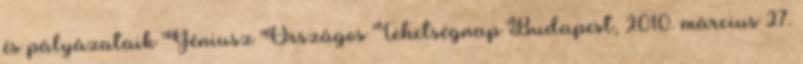
és pályázataik Géniusz Országos Tehetségnap Budapest, 2010. március 27.